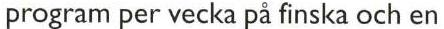
program per vecka på finska och en